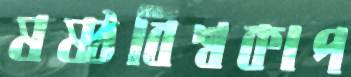
ষষ্ঠবিশ্বকাপ